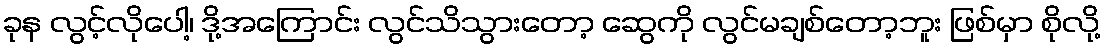
ခုန လွင့်လိုပေါ့၊ ဒို့အကြောင်း လွင်သိသွားတော့ ဆွေကို လွင်မချစ်တော့ဘူး ဖြစ်မှာ စိုလို့